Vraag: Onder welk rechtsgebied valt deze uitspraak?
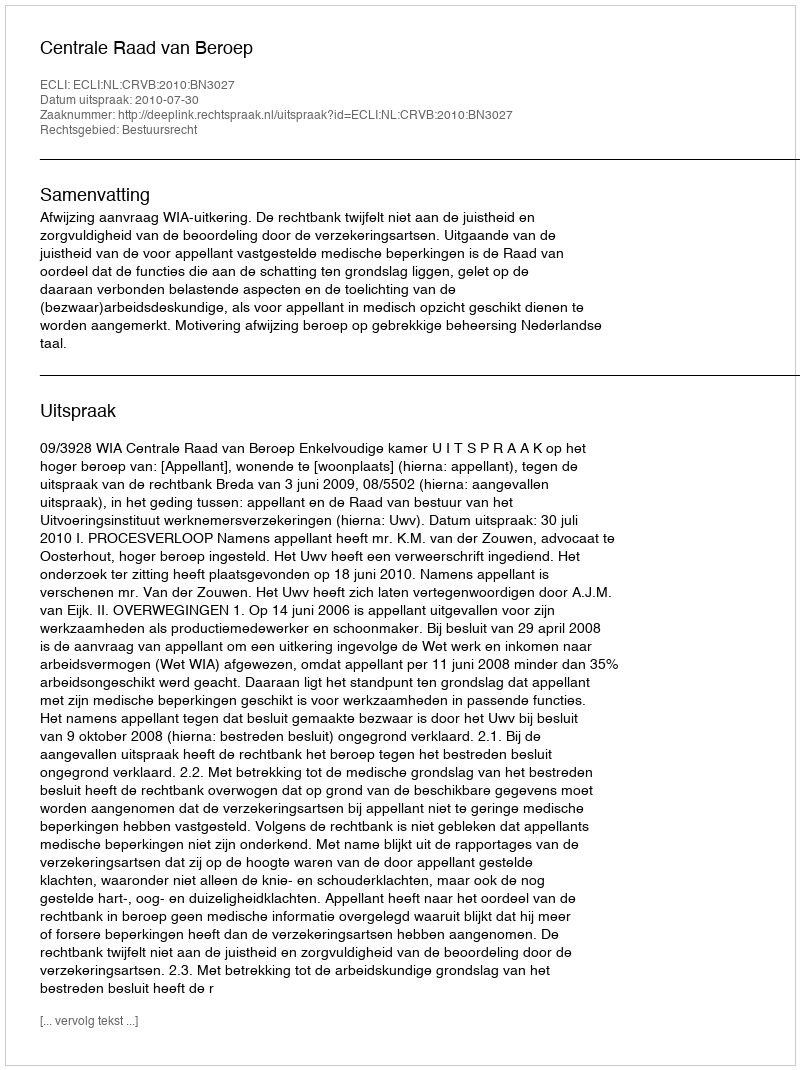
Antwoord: Bestuursrecht